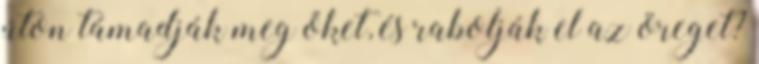
úton támadják meg őket, és rabolják el az öreget?